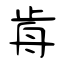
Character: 歬